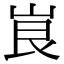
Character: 峎